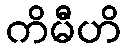
ကိမီဟိ